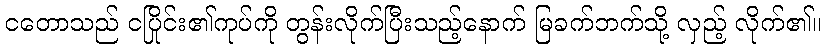
ငတောသည် ငပြိုင်း၏ကုပ်ကို တွန်းလိုက်ပြီးသည့်နောက် မြခက်ဘက်သို့ လှည့် လိုက်၏။